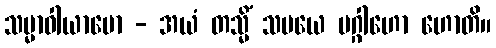
သမ္မာဝါယာမော - အယံ တသ္မိံ သမယေ ပဂ္ဂါဟော ဟောတိ။